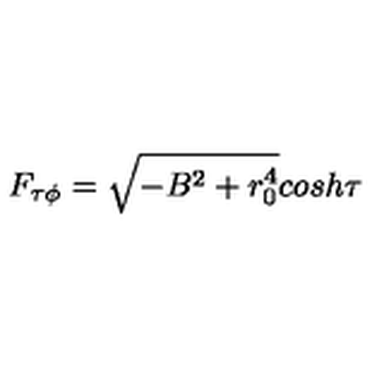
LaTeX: F _ { \tau \phi } = \sqrt { - B ^ { 2 } + r _ { 0 } ^ { 4 } } c o s h \tau